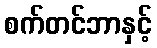
စက်တင်ဘာနှင့်